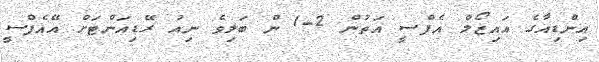
އިންޑިއާގެ އައިޒޯލް އެފްސީ އަތުން 2-1 ން ބަލިވެ ނިއު ރޭޑިއަންޓަށް އޭއެފްސީ